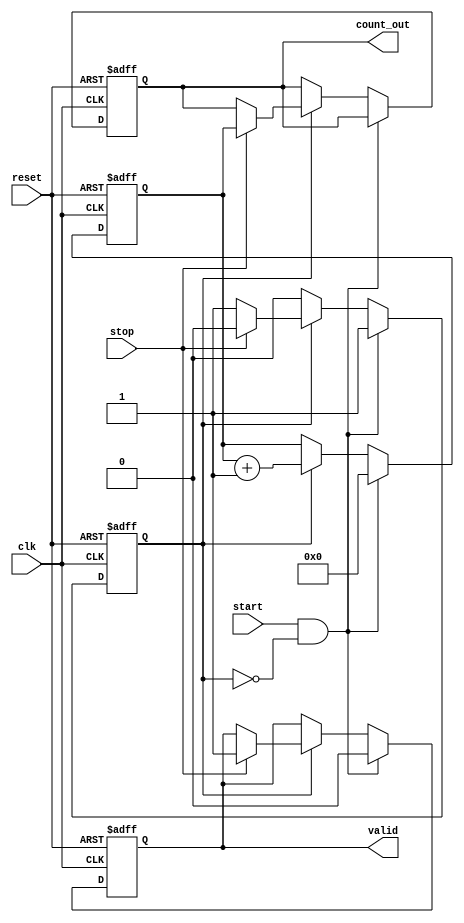
module TDC (
    input wire clk,         // High-frequency clock input
    input wire reset,       // Reset signal
    input wire start,       // Start signal
    input wire stop,        // Stop signal
    output reg [N-1:0] count_out, // Output register for the counted value
    output reg valid        // Valid signal indicating that a count is ready
);

parameter N = 16; // Bit-width of the counter

reg [N-1:0] counter; // N-bit counter
reg counting;        // Counting state flag

// Counter Logic
always @(posedge clk or posedge reset) begin
    if (reset) begin
        counter <= 0;
        count_out <= 0;
        valid <= 0;
        counting <= 0;
    end else begin
        if (start && !counting) begin
            // Start counting on rising edge of start signal
            counting <= 1;
            counter <= 0; // Initialize counter
            valid <= 0;   // Reset valid signal
        end else if (counting) begin
            // Increment counter while counting
            counter <= counter + 1;

            if (stop) begin
                // Stop counting on rising edge of stop signal
                counting <= 0;
                count_out <= counter; // Store the counted value
                valid <= 1;           // Indicate valid count
            end
        end
    end
end

endmodule